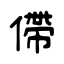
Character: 僀